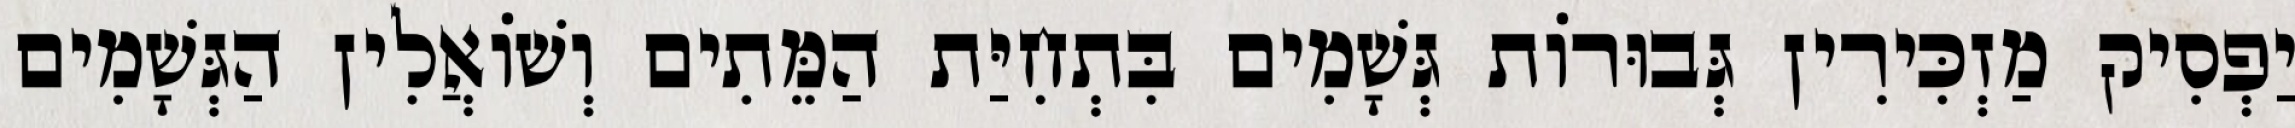
יַפְסִיק מַזְכִּירִין גְּבוּרוֹת גְּשָׁמִים בִּתְחִיַּת הַמֵּתִים וְשׁוֹאֲלִין הַגְּשָׁמִים